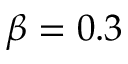
\beta = 0 . 3